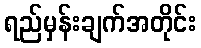
ရည်မှန်းချက်အတိုင်း